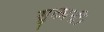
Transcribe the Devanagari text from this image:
सुकानीं।